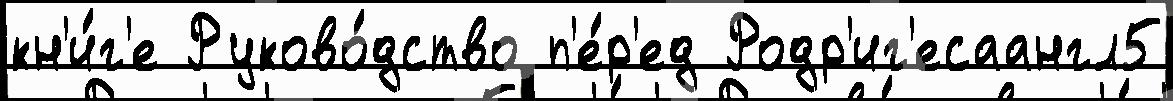
кн'и́г'е Руково́дство п'е́р'ед Родр'иг'есаангл5